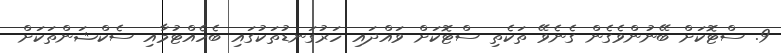
9. ސްޓޮކަށް ބޭނުންވެގެން ގެނެވޭ ތަކެތި ސްޓޮކަށް ވައްދައި ހަރުގަނޑުތަކުގައި ބެހެއްޓުމާއި ސެކްޝަންތަކަށް